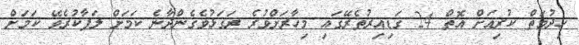
ހިދުމަތް ކުރިއަށް އޮތް 24 ގަޑިއިރުތެރޭގައި މިހާރަށްވުރެ ރަގަޅުވެގެންދާނެ ކަމަށް ލަފާކުރެވޭ ކަމަށް